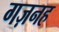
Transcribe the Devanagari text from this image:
गज़नह